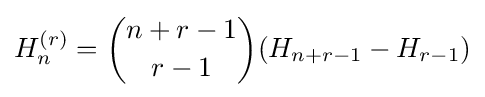
H_{n}^{(r)}={\binom {n+r-1}{r-1}}(H_{n+r-1}-H_{r-1})